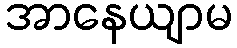
အာနေယျာမ